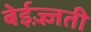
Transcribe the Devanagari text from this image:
बेईज़्ज़ती